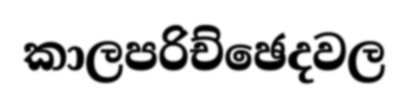
කාලපරිච්ඡෙදවල